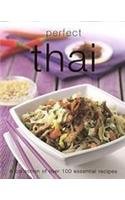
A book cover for Perfect Thai (Perfect Cooking); Parragon; Cookbooks, Food & Wine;